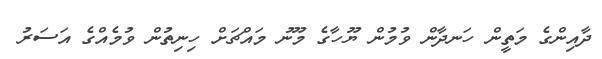
ދާއިންގެ މަތީން ހަނދާން ވުމުން ޔޫހާގެ މޫނު މައްޗަށް ހިނިތުން ވުމެއްގެ އަސަރު